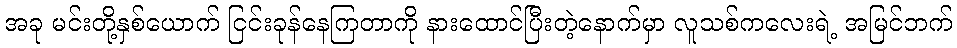
အခု မင်းတို့နှစ်ယောက် ငြင်းခုန်နေကြတာကို နားထောင်ပြီးတဲ့နောက်မှာ လူသစ်ကလေးရဲ့ အမြင်ဘက်